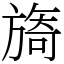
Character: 旖